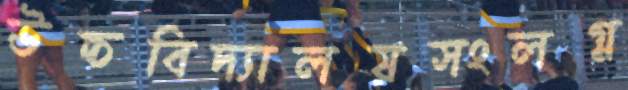
উচ্চবিদ্যালয়সংলগ্ন